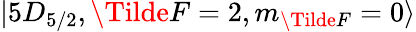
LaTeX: \lvert 5D_{5/2},\Tilde{F}=2,m_{\Tilde{F}}=0\rangle